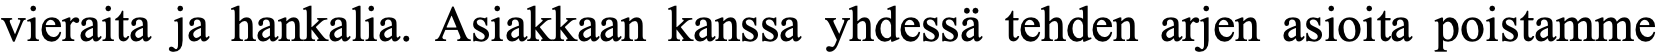
vieraita ja hankalia. Asiakkaan kanssa yhdessä tehden arjen asioita poistamme